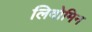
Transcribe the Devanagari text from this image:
लिवोमिन